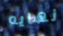
نهايه